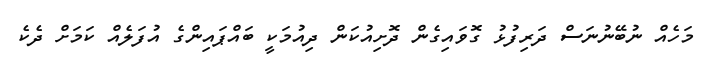
މަހެއް ނުބޭނުނަސް ދަރިފުޅު ގޮވައިގެން ދޮށިއުކަން ދިއުމަކީ ބައްޕައިންގެ އުފަލެއް ކަމަށް ދެކެ